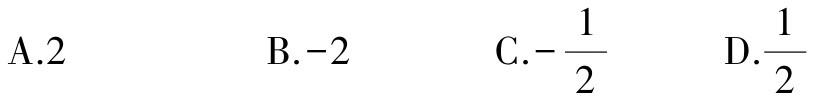
A.$2$
B.$-2$
C.$-\frac{1}{2}$
D.$\frac{1}{2}$